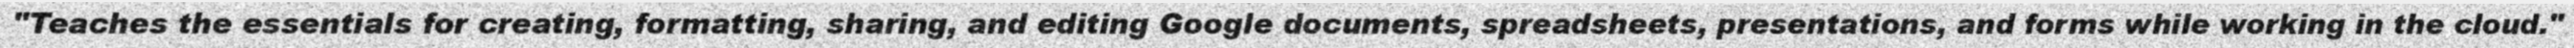
"Teaches the essentials for creating, formatting, sharing, and editing Google documents, spreadsheets, presentations, and forms while working in the cloud."